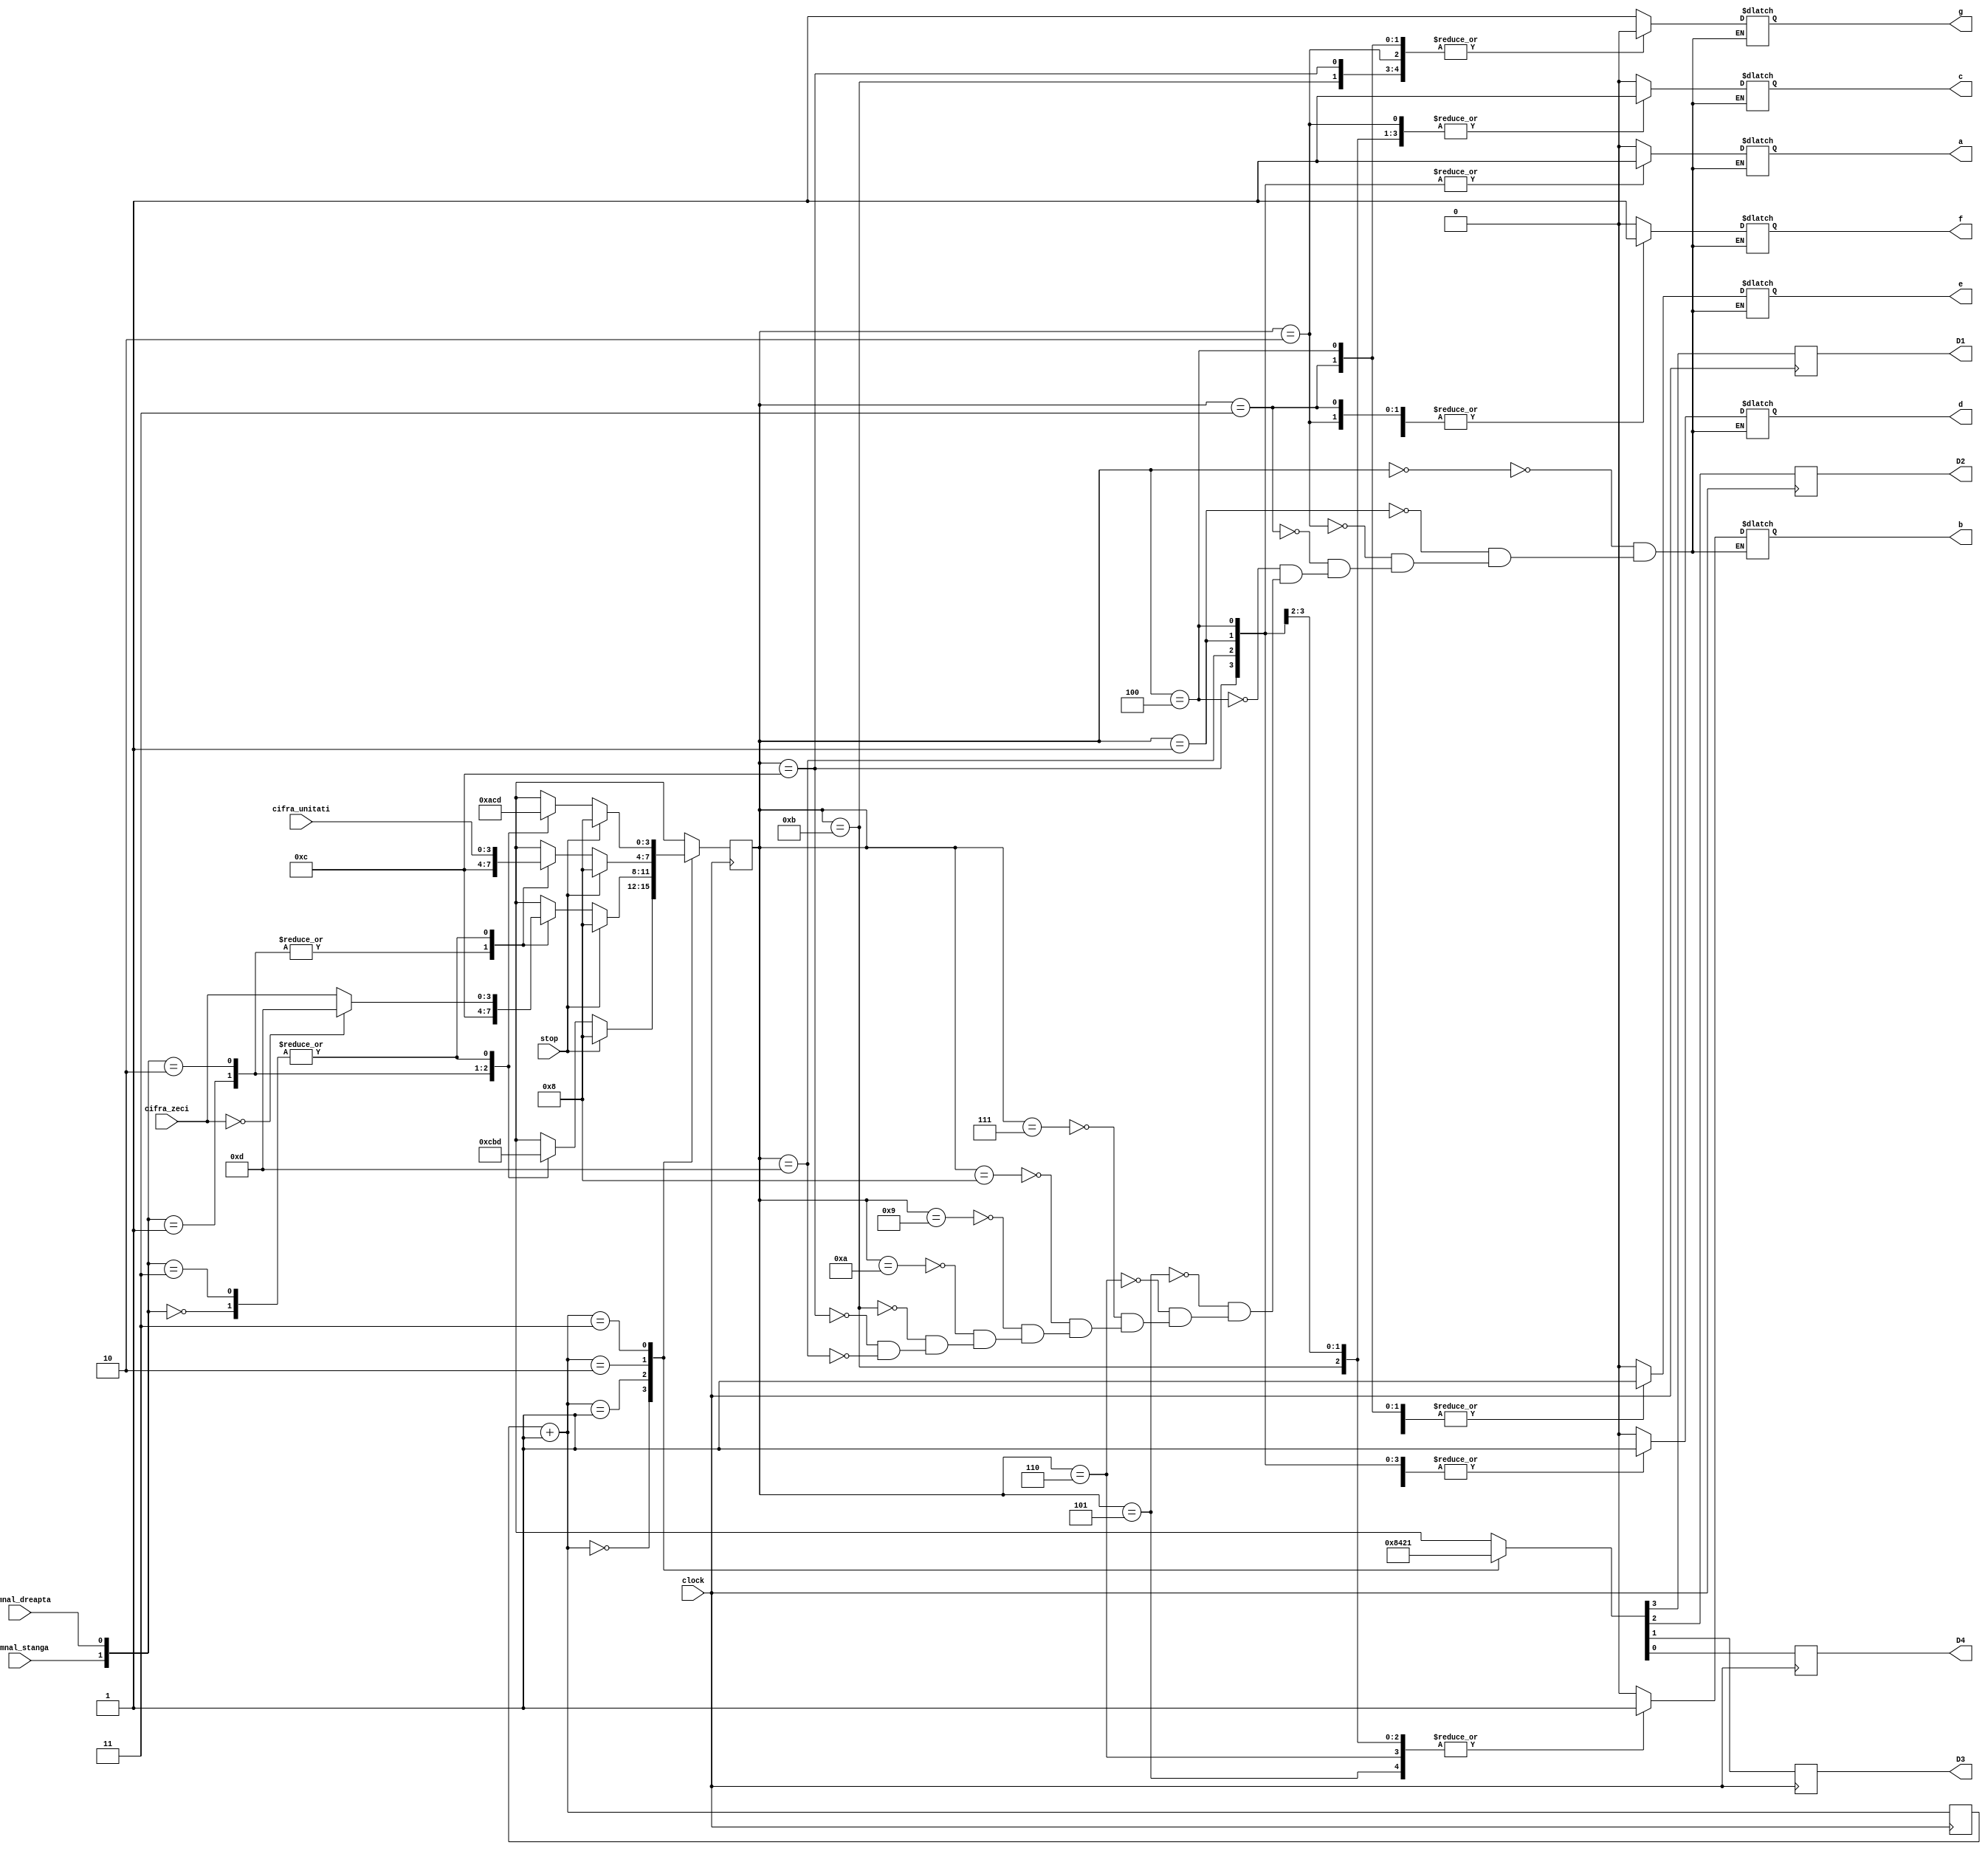
module afisare_multiplexata(
	input semnal_stanga, semnal_dreapta, stop,
	input clock,
	input [3:0] cifra_zeci, cifra_unitati,
	
	output reg D1, D2, D3, D4,
	output reg a,b,c,d,e,f,g
);
//variabile
reg [3:0] digit_1, digit_2, digit_3, digit_4;
reg [1:0] generator_adresa;
reg [3:0] mux_out;

initial begin 
	mux_out = 4'b0000;
	digit_1 = 4'b0000;
	digit_2 = 4'b0000;
	digit_3 = 4'b0000;
	digit_4 = 4'b0000;
	generator_adresa = 2'b00;
end

always @(posedge clock) begin 
	// facem numerele de input pentru decodificator
	if (stop) begin
		digit_1 = 4'b1000;
		digit_2 = 4'b1000;
		digit_3 = 4'b1000;
		digit_4 = 4'b1000;
	end else begin 
		case ({semnal_stanga, semnal_dreapta}) 
			2'b00: begin
						digit_1 = 4'b1101;
						digit_2 = (cifra_zeci == 0) ? 4'b1101 : cifra_zeci;
						digit_3 = cifra_unitati;
						digit_4 = 4'b1101;
				   end
			2'b01: begin
						digit_1 = 4'b1100; 
						digit_2 = 4'b1100;
						digit_3 = 4'b1100;
						digit_4 = 4'b1010; // 10
				   end
			2'b10: begin
						digit_1 = 4'b1011; // 11
						digit_2 = 4'b1100;
						digit_3 = 4'b1100;
						digit_4 = 4'b1100;
				   end
			2'b11: begin
						digit_1 = 4'b1101;
						digit_2 = (cifra_zeci == 0) ? 4'b1101 : cifra_zeci;
						digit_3 = cifra_unitati;
						digit_4 = 4'b1101;
				   end
		endcase 
	end 
	
	//generator adresa + multiplexarea cifrelor
	generator_adresa = generator_adresa + 2'b01;
	
	case(generator_adresa)
		2'b00 : {D1, D2, D3, D4} = 4'b1000;
		2'b01 : {D1, D2, D3, D4} = 4'b0100;
		2'b10 : {D1, D2, D3, D4} = 4'b0010;
		2'b11 : {D1, D2, D3, D4} = 4'b0001;
	endcase
	
	case (generator_adresa)
		2'b00 : mux_out = digit_1;
		2'b01 : mux_out = digit_2;
		2'b10 : mux_out = digit_3;
		2'b11 : mux_out = digit_4;
	endcase
	
end

//decodificator adresa
always @(mux_out) begin 

	case(mux_out) 
	// 1 - stins
	// 0 - aprins
		4'b0000: begin a=0; b=0; c=0; d=0; e=0; f=0; g=1; end
		4'b0001: begin a=1; b=0; c=0; d=1; e=1; f=1; g=1; end
		4'b0010: begin a=0; b=0; c=1; d=0; e=0; f=1; g=0; end
		4'b0011: begin a=0; b=0; c=0; d=0; e=1; f=1; g=0; end
		4'b0100: begin a=1; b=0; c=0; d=1; e=1; f=0; g=0; end
		4'b0101: begin a=0; b=1; c=0; d=0; e=1; f=0; g=0; end
		4'b0110: begin a=0; b=1; c=0; d=0; e=0; f=0; g=0; end
		4'b0111: begin a=0; b=0; c=0; d=1; e=1; f=1; g=1; end
		4'b1000: begin a=0; b=0; c=0; d=0; e=0; f=0; g=0; end
		4'b1001: begin a=0; b=0; c=0; d=0; e=1; f=0; g=0; end
		
		4'b1010: begin a=0; b=0; c=0; d=0; e=1; f=1; g=0; end
		4'b1011: begin a=0; b=1; c=1; d=0; e=0; f=0; g=0; end
		4'b1100: begin a=1; b=1; c=1; d=1; e=1; f=1; g=0; end
		4'b1101: begin a=1; b=1; c=1; d=1; e=1; f=1; g=1; end

	endcase
end

endmodule